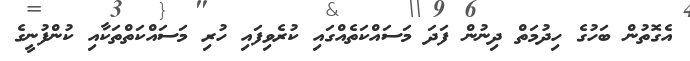
އެގޮތުން ބަހުގެ ހިދުމަތް ދިނުން ފަދަ މަސަައްކަތެއްގައި ކުރެވިފައި ހުރި މަސައްކަތްތަކާއި ކުންފުނީގެ